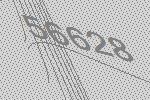
56628